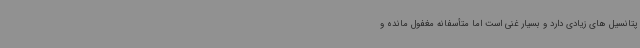
پتانسیل های زیادی دارد و بسیار غنی است اما متأسفانه مغفول مانده و